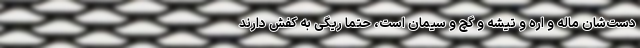
دست‌شان ماله و اره و تیشه و گچ و سیمان است، حتماً ریگی به کفش دارند